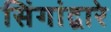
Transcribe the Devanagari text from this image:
सिंगांद्वारे